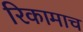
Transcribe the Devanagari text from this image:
रिकामाच